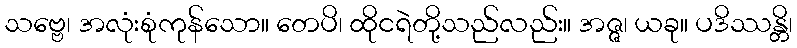
သဗ္ဗေ၊ အလုံးစုံကုန်သော။ တေပိ၊ ထိုငရဲတို့သည်လည်း။ အဇ္ဇ၊ ယခု။ ပဒိဿန္တိ၊